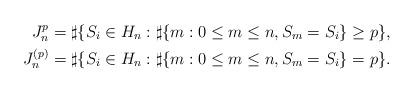
LaTeX: \begin{align*}J_n^p=\sharp &\{S_i\in H_n:\sharp\{m:0\le m \le n,S_m=S_i \}\ge p \},\\J_n^{(p)}=\sharp &\{S_i\in H_n:\sharp\{m:0\le m \le n,S_m=S_i \}=p \}. \end{align*}